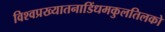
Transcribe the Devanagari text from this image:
विश्वप्रख्यातनाडिंधमकुलतिलको